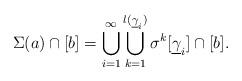
LaTeX: \begin{align*}\Sigma(a)\cap[b]=\bigcup_{i=1}^{\infty}\bigcup_{k=1}^{l(\underline{\gamma}_i)}\sigma^k[\underline{\gamma}_i]\cap[b]. \end{align*}